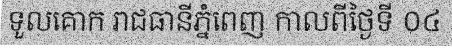
ទួលគោក រាជធានីភ្នំពេញ កាលពីថ្ងៃទី ០៤